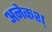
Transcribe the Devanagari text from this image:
अनेकश्